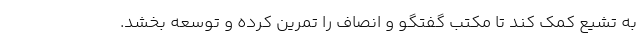
به تشیع کمک کند تا مکتب گفتگو و انصاف را تمرین کرده و توسعه بخشد.